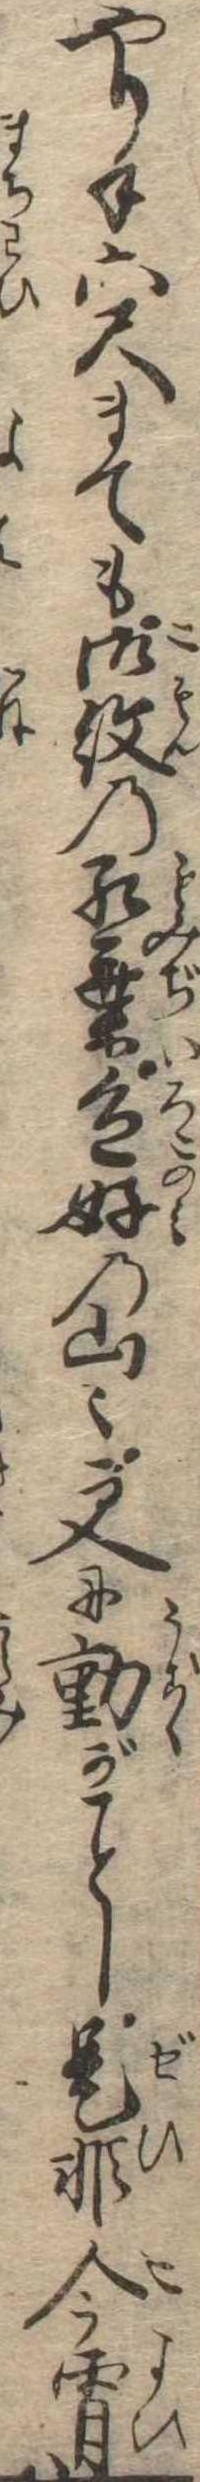
やり手六尺までも御紋の紅葉色好の山〻更に動がし是非今宵は